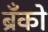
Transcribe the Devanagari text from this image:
ब्रँको